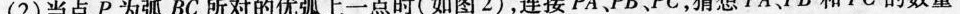
(2)当点P为弧BC所对的优弧上一点时(如图2)，连接PA、PC、PC，猜想PA、PB和PC的数量